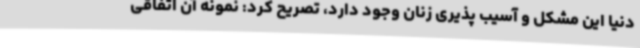
دنیا این مشکل و آسیب پذیری زنان وجود دارد، تصریح کرد: نمونه آن اتفاقی